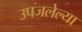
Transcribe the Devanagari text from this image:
उपजलेल्या